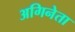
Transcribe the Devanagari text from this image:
अगिनेता